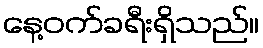
နေ့ဝက်ခရီးရှိသည်။